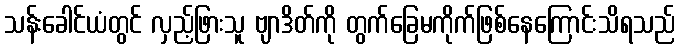
သန်းခေါင်ယံတွင် လှည့်ဖြားသူ ဗျာဒိတ်ကို တွက်ခြေမကိုက်ဖြစ်နေကြောင်းသိရသည်